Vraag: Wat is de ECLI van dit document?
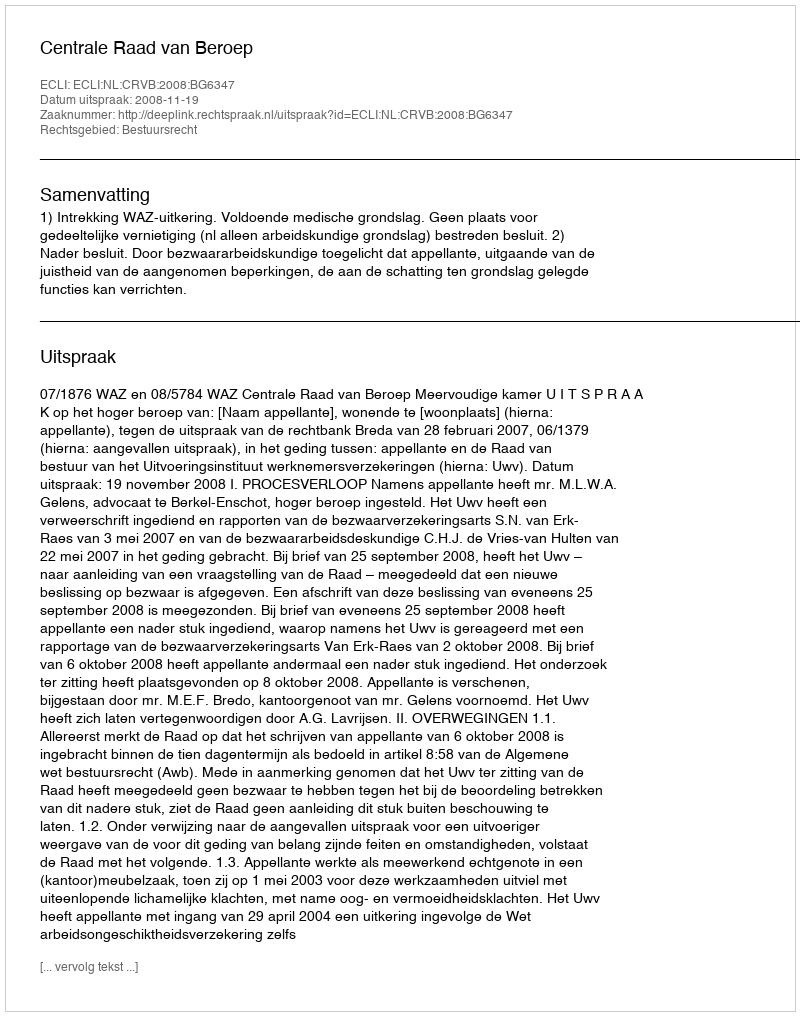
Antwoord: ECLI:NL:CRVB:2008:BG6347